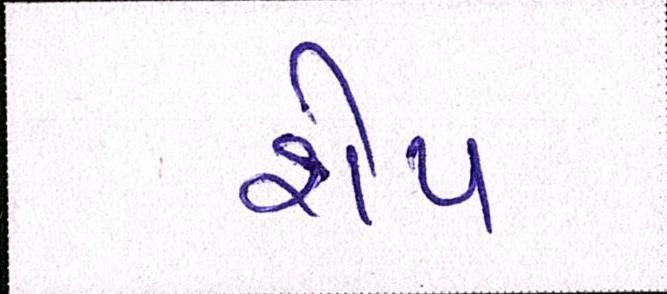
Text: શેપ